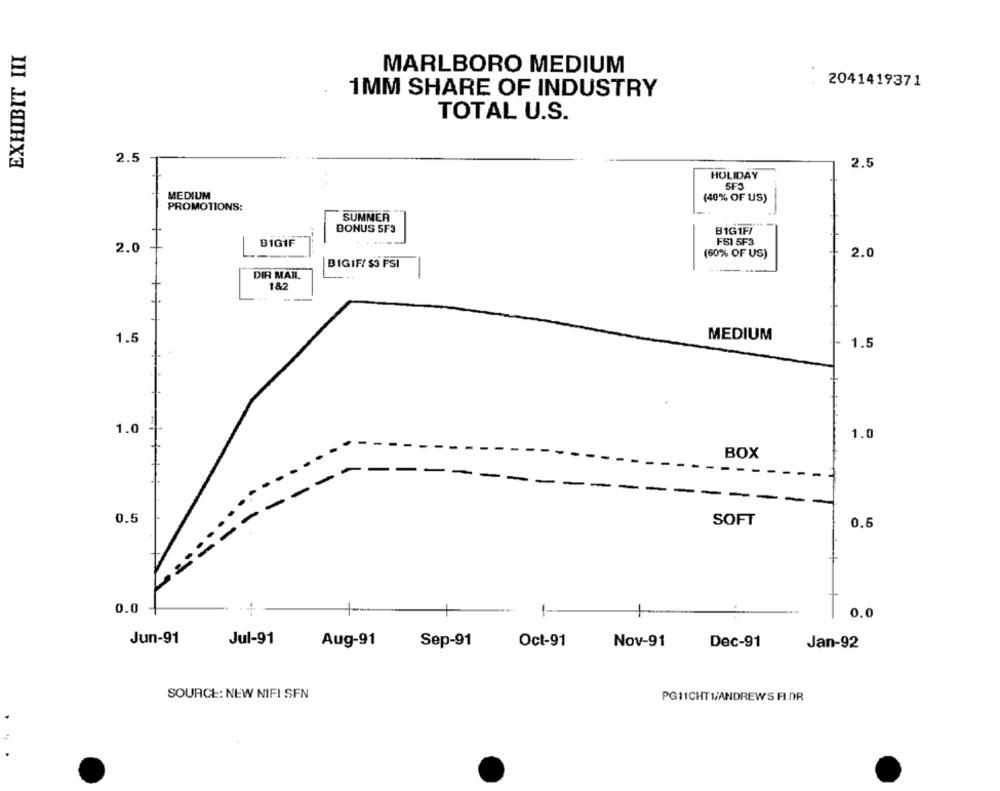
EXHIBIT III
MARLBORO MEDIUM
2041419371
1MM SHARE OF INDUSTRY
TOTAL U.S.
2.5
2.5
HOLIDAY
SF3
MEDIUM
(40% OF US)
PROMOTIONS:
SUMMER
BONUS 5F3
B1G1F/
BİGIF
FS1 5F3
2.0
(60% OF US)
2.0
BIGIF/ $3 FSI
DIR MAIL
182
1.5
MEDIUM
1.5
1.0
1.0
BOX
0.5
SOFT
0.5
0.0
1-
0.0
Jun-91
Jul-91
Nov-91
Aug-91
Sep-91
Oct-91
Dec-91
Jan-92
SOURCE: NEW NIFI SFN
PG11CHT1/ANDREW'S FI.DR